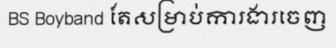
BS Boyband តែសម្រាប់ការងារចេញ